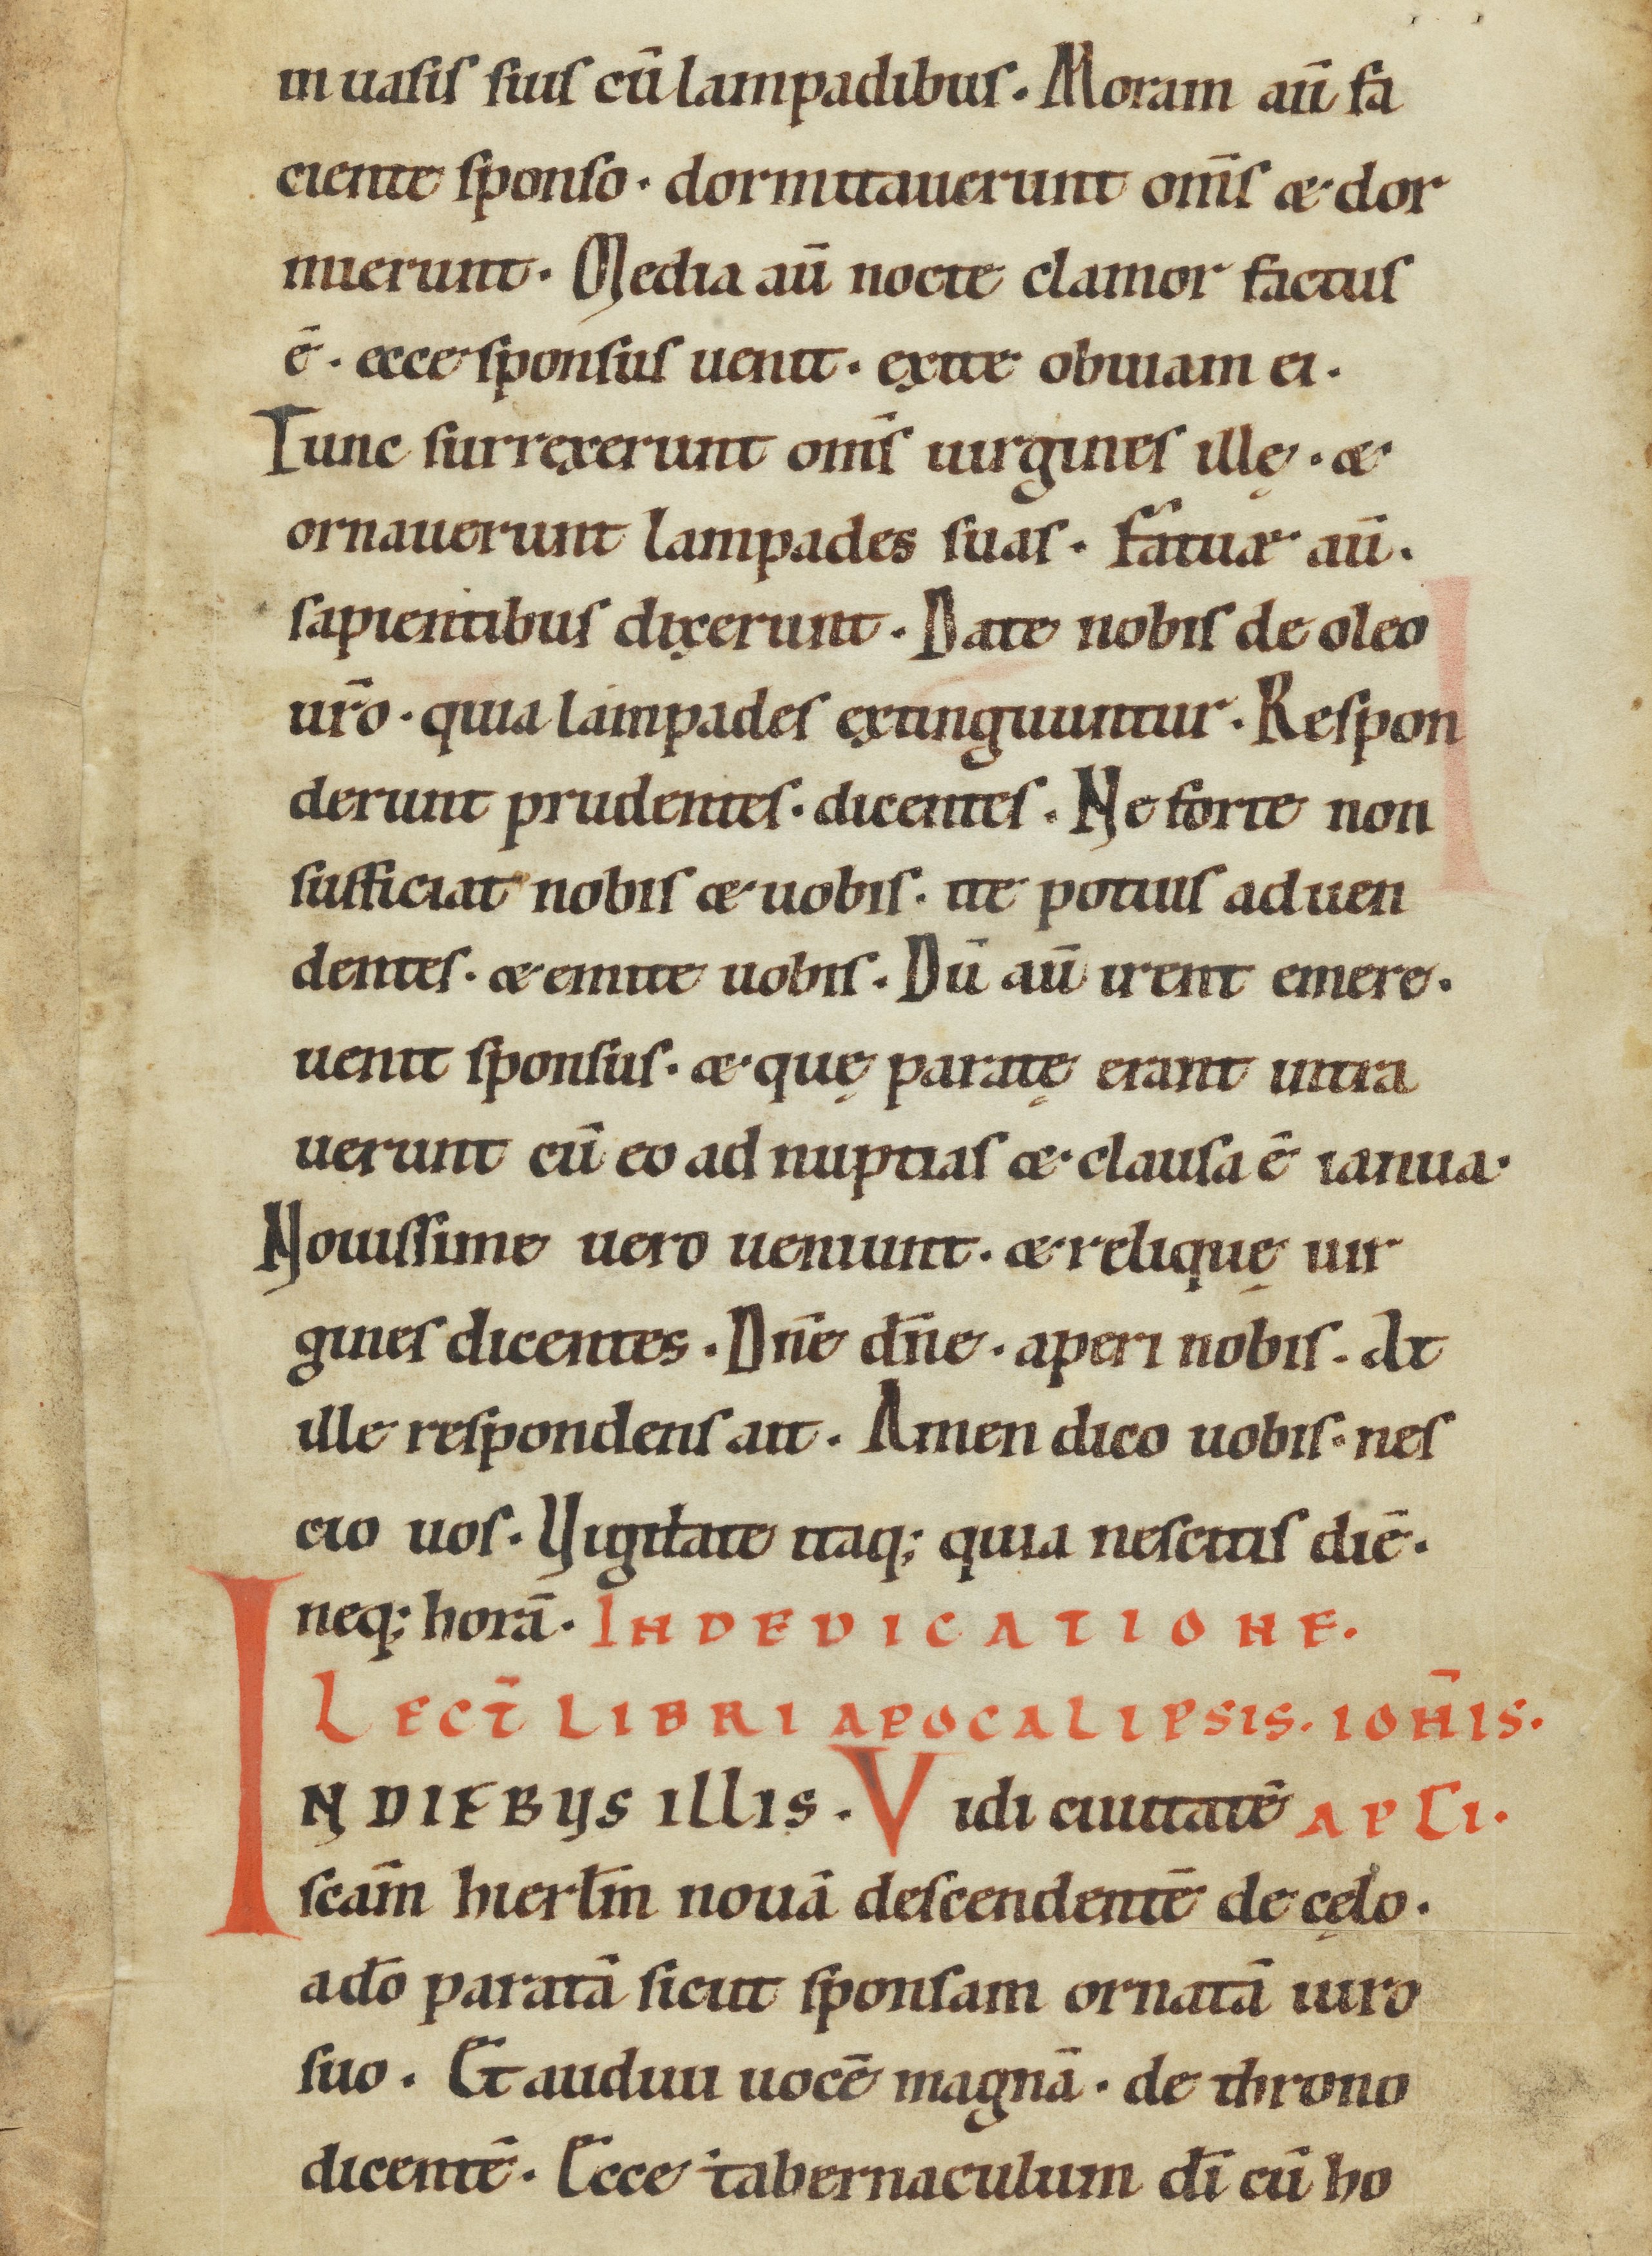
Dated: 1000–1099